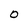
Character: O